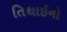
તિથાઈનો